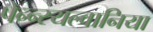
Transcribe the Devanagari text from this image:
पेन्न्स्यल्वानिया